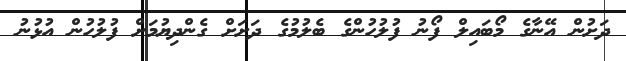
ދަށުން އޭނާގެ މޯބައިލް ފޯނު ފުލުހުންގެ ބެލުމުގެ ދަށަށް ގެންދިޔުމަށް ފުލުހުން އުޅުނު